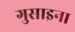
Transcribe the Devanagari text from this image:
गुसाइना